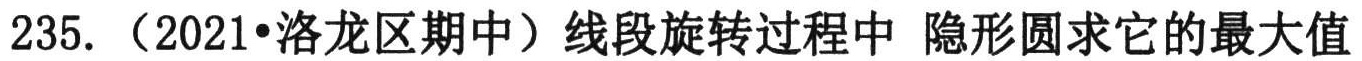
235. （2021•洛龙区期中）线段旋转过程中 隐形圆求它的最大值